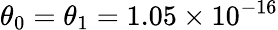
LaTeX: \theta_{0}=\theta_{1}=1.05\times 10^{-16}